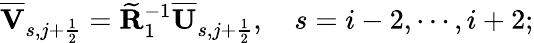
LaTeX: \overline{{\mathbf{V}}}_{s,j+\frac{1}{2}}=\widetilde{\mathbf{R}}_{1}^{-1}\overline{{\mathbf{U}}}_{s,j+\frac{1}{2}},\quad s=i-2,\cdots,i+2;